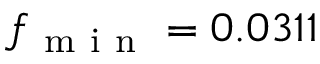
f _ { \mathrm { ~ m ~ i ~ n ~ } } = 0 . 0 3 1 1